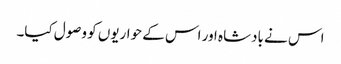
اس نے بادشاہ اور اس کے حواریوں کو وصول کیا۔